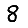
Digit: 8